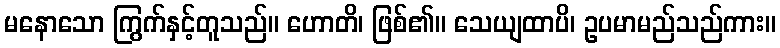
မနောသော ကြွက်နှင့်တူသည်။ ဟောတိ၊ ဖြစ်၏။ သေယျထာပိ၊ ဥပမာမည်သည်ကား။